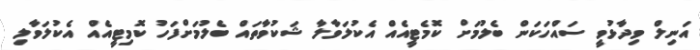
އަނިލް ވިދާޅުވީ ސައްހަކަން ބެލުމަށް ކޮމެޓީއެއް އެކުލަވާލާ ޝަކުވާތައް ބެލުމަށްފަހު ކޮމިޓީއެއް އެކުލަވާލި